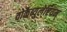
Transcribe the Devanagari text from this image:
वोकैब्युलेरियम्